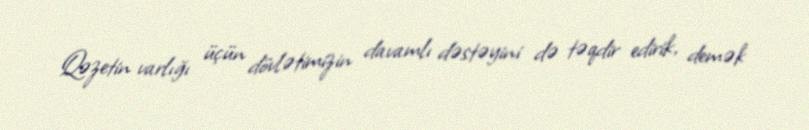
Qəzetin varlığı üçün dövlətimizin davamlı dəstəyini də təqdir edirik, demək